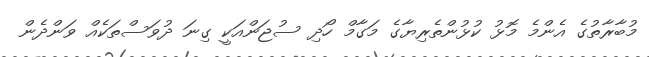
މުބާރާތުގެ އެންމެ މޮޅު ކުޅުންތެރިޔާގެ މަގާމް ހޯދި ސުޖަންއަކީ ގިނަ ދުވަސްތަކެއް ވަންދެން